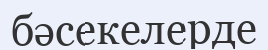
бәсекелерде